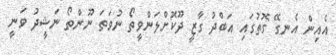
އެއިން އެނގޭ ގޮތުގައި އަބްދު ގާޒީ ދޫކޮށްލަންވީތޯ ނުވަތަ ނޫންތޯ ނަޝީދު ވަނީ